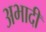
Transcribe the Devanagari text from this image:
अभादी